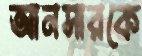
আনসারকে